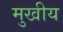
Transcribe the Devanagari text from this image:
मुखीय